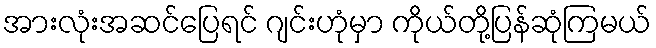
အားလုံးအဆင်ပြေရင် ဂျင်းဟုံမှာ ကိုယ်တို့ပြန်ဆုံကြမယ်